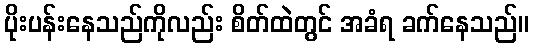
ပိုးပန်းနေသည်ကိုလည်း စိတ်ထဲတွင် အခံရ ခက်နေသည်။